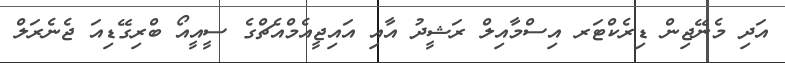
އަދި މެނޭޖިން ޑިރެކްޓަރ އިސްމާއިލް ރަޝީދު އާއި އައިޖީއެމްއެޗްގެ ސީއީއޯ ބްރިގޭޑިއަ ޖެނެރަލް